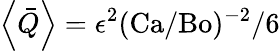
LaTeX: \left<\bar{Q}\right>=\epsilon^{2}(\mathrm{Ca}/\mathrm{Bo})^{-2}/6